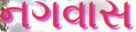
નગવાસ